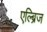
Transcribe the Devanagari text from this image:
एल्ब्रिज